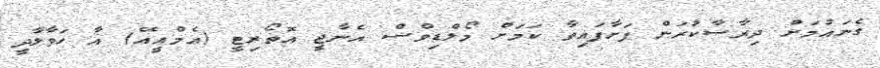
ގެނައުމަށް ދިރާސާކުރަން ފަށާފައިވާ ކަމަށް މޯލްޑިވްސް އެނާޖީ އޮތޯރިޓީ (އެމްއީއޭ) އާ ހަވާލާދީ